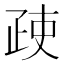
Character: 𱱇